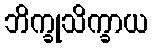
ဘိက္ခုသိက္ခာယ